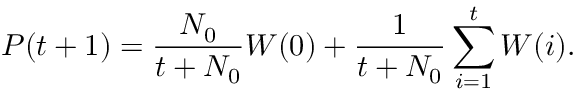
P ( t + 1 ) = \frac { N _ { 0 } } { t + N _ { 0 } } W ( 0 ) + \frac { 1 } { t + N _ { 0 } } \sum _ { i = 1 } ^ { t } W ( i ) .